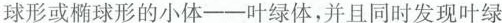
球形或椭球形的小体--叶绿体，并且同时发现叶绿